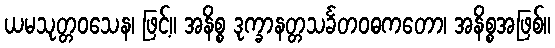
ယမသုတ္တဝသေန၊ ဖြင့်။ အနိစ္စ ဒုက္ခာနတ္တသင်္ခတဝဓကတော၊ အနိစ္စအဖြစ်။